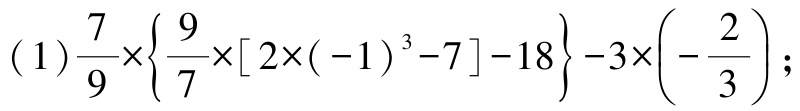
(1)$\frac{7}{9}\times\left\{\frac{9}{7}\times[2\times(-1)^{3}-7]-18\right\}-3\times\left(-\frac{2}{3}\right)$;